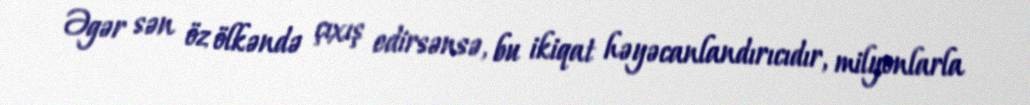
Əgər sən öz ölkəndə çıxış edirsənsə, bu ikiqat həyəcanlandırıcıdır, milyonlarla